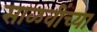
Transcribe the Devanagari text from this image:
साळवींच्या